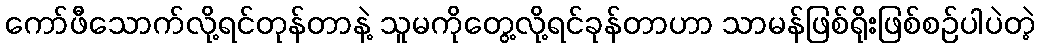
ကော်ဖီသောက်လို့ရင်တုန်တာနဲ့ သူမကိုတွေ့လို့ရင်ခုန်တာဟာ သာမန်ဖြစ်ရိုးဖြစ်စဉ်ပါပဲတဲ့